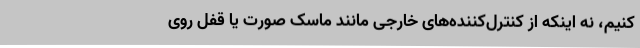
کنیم، نه اینکه از کنترل‌کننده‌های خارجی مانند ماسک صورت یا قفل روی